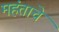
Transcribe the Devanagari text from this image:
महंताचे